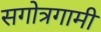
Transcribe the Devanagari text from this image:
सगोत्रगामी